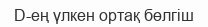
D-ең үлкен ортақ бөлгіш